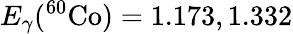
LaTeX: E_{\gamma}(^{60}\textrm{Co})=1.173,1.332